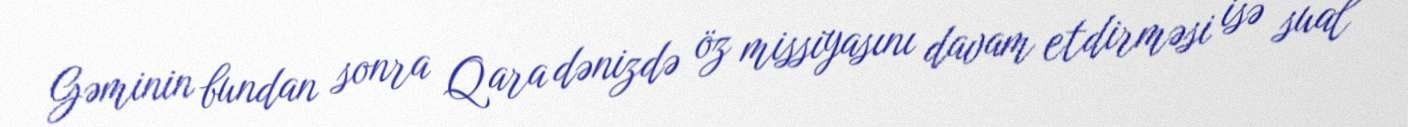
Gəminin bundan sonra Qara dənizdə öz missiyasını davam etdirməsi isə sual